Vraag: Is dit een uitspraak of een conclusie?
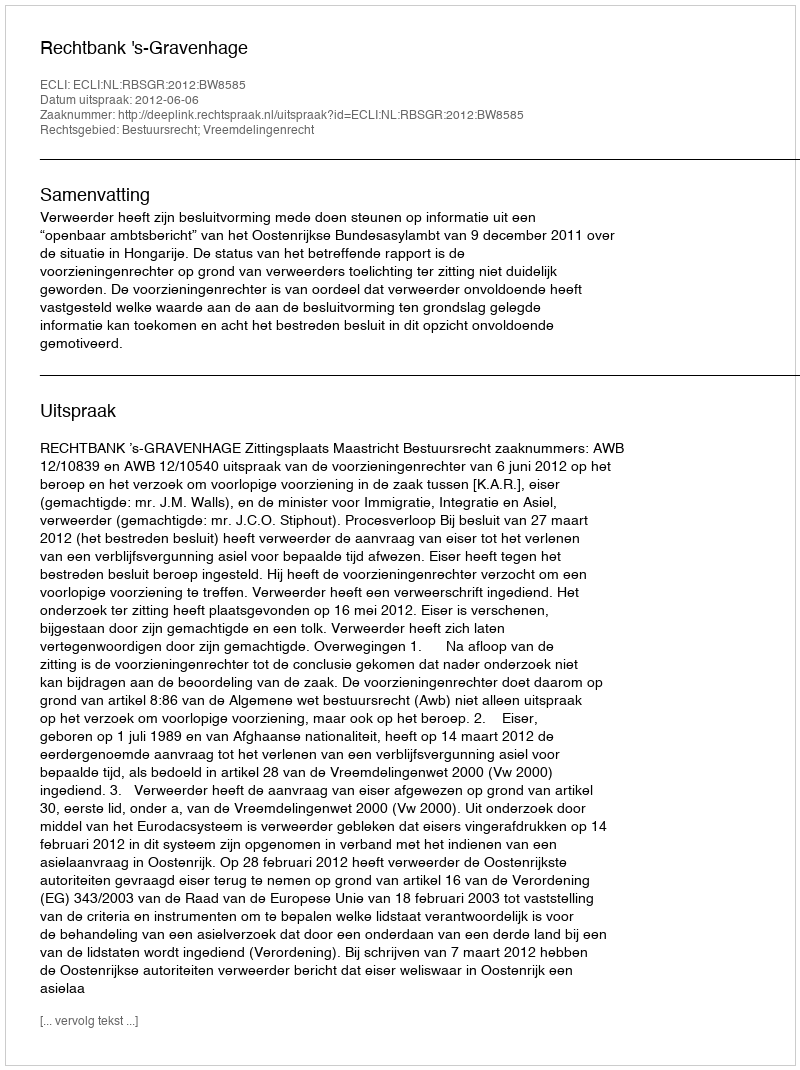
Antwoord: Uitspraak